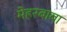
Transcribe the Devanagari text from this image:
मेहरबाबा